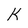
Character: K